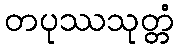
တပုဿသုတ္တံ